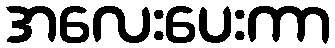
အလေးပေးကာ